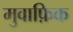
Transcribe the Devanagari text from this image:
मुवाफ़िक